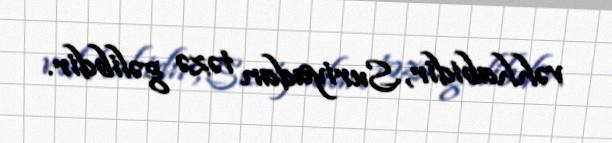
vəhhabidir, Suriyadan təzə gəlibdir.